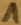
Text: 1